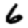
Digit: 6